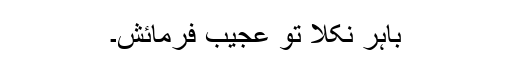
باہر نکلا تو عجیب فرمائش۔